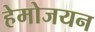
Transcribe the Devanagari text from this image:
हेमोजयन